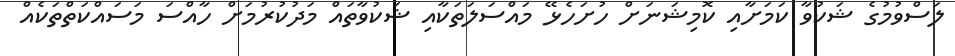
ލަސްވުމުގެ ޝަކުވާ ކަމަށާއި ކޮމިޝަނަށް ހުށަހެޅޭ މައްސަލަތަކާއި ޝަކުވާތައް މަދުކުރުމަށް ހާއްސަ މަސައްކަތްތަކެއް